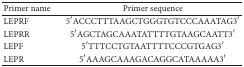
<table><thead><tr><td><b>Primer name</b></td><td><b>Primer sequence</b></td></tr></thead><tbody><tr><td>LEPRF</td><td>5′ACCCTTTAAGCTGGGTGTCCCAAATAG3′</td></tr><tr><td>LEPRR</td><td>5′AGCTAGCAAATATTTTGTAAGCAATT3′</td></tr><tr><td>LEPF</td><td>5′TTTCCTGTAATTTTCCCGTGAG3′</td></tr><tr><td>LEPR</td><td>5′AAAGCAAAGACAGGCATAAAAA3′</td></tr></tbody></table>